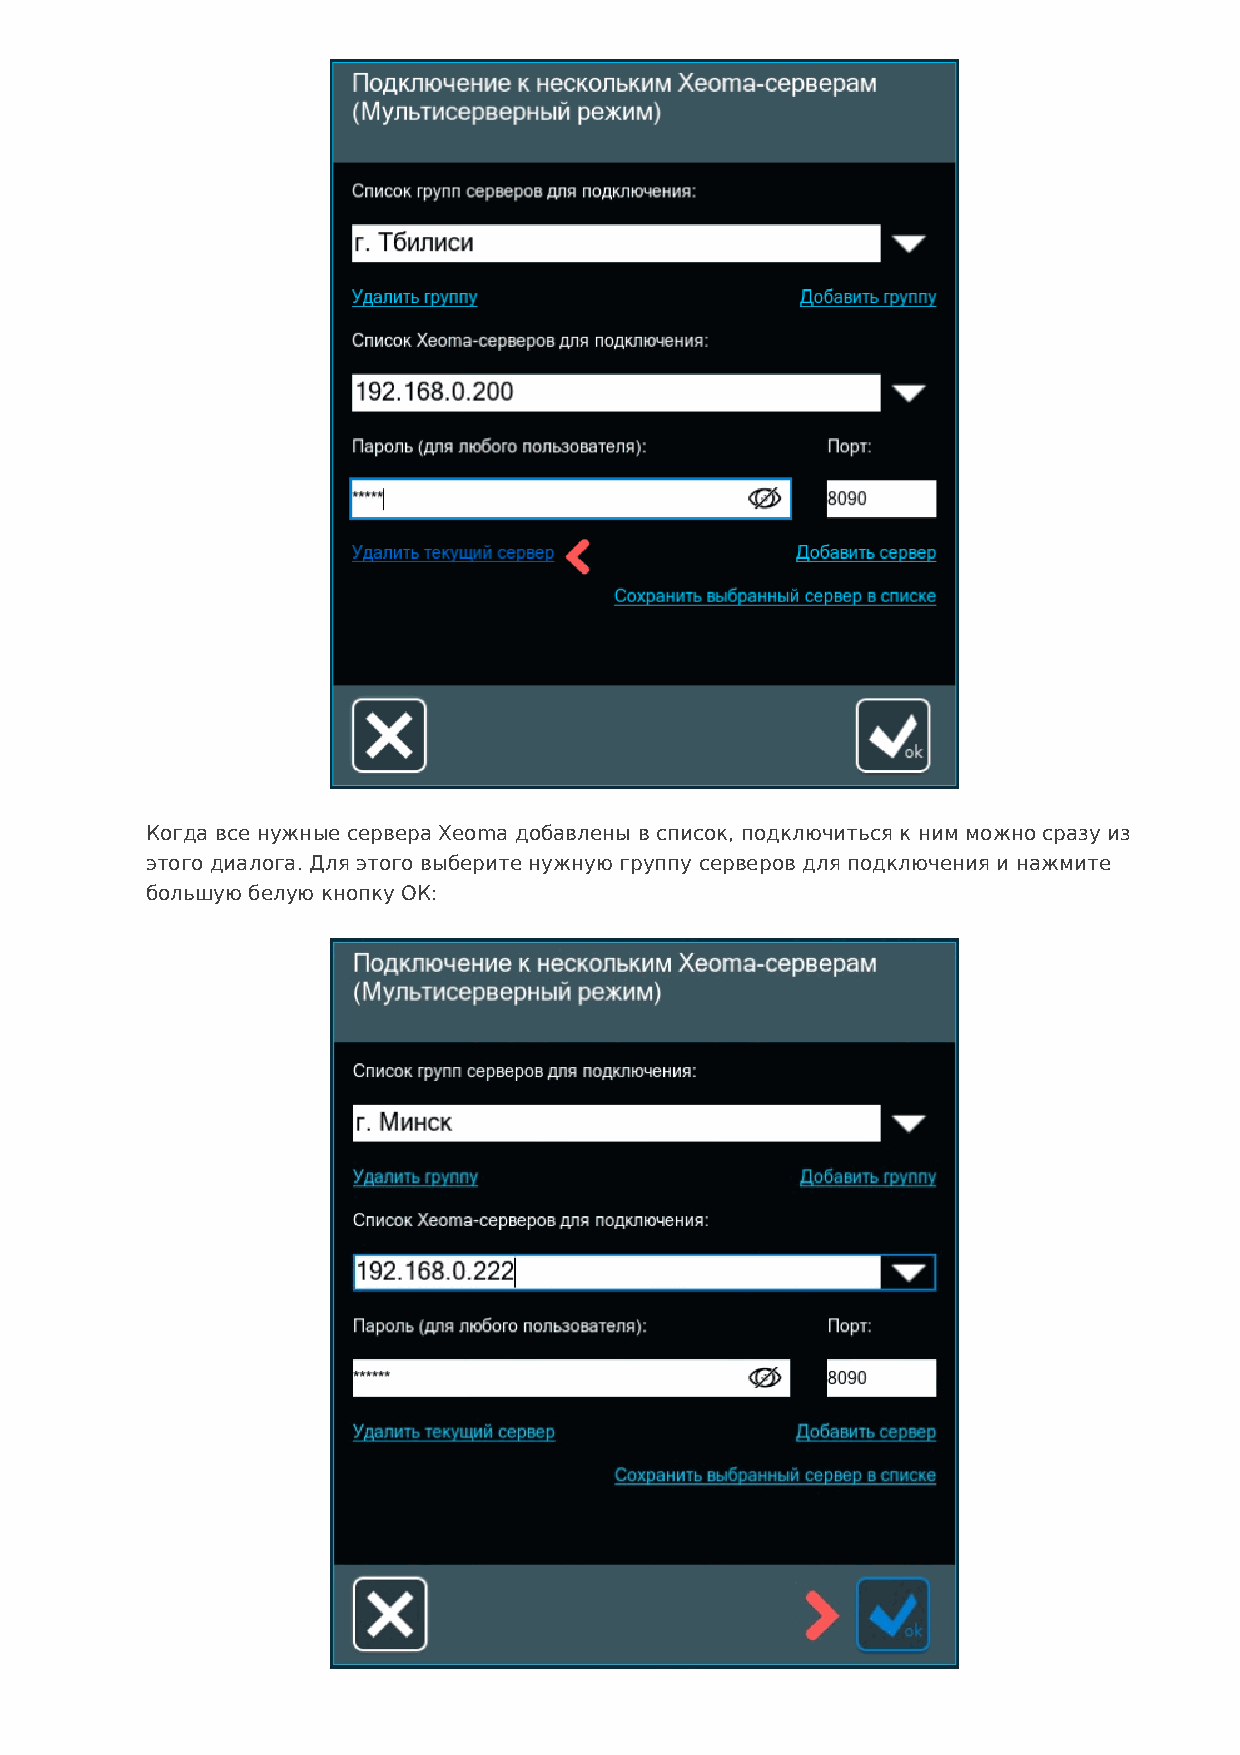
Когда все нужные сервера Xeoma добавлены в список, подключиться к ним можно сразу из
 этого диалога. Для этого выберите нужную группу серверов для подключения и нажмите
 большую белую кнопку ОК: